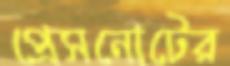
প্রেসনোটের